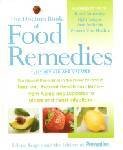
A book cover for The Doctors Book of Food Remedies: The Newest Discoveries in the Power of Food to Treat and Prevent Health Problems-From Aging and Diabetes to Ulcers; Selene Yeager; Health, Fitness & Dieting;